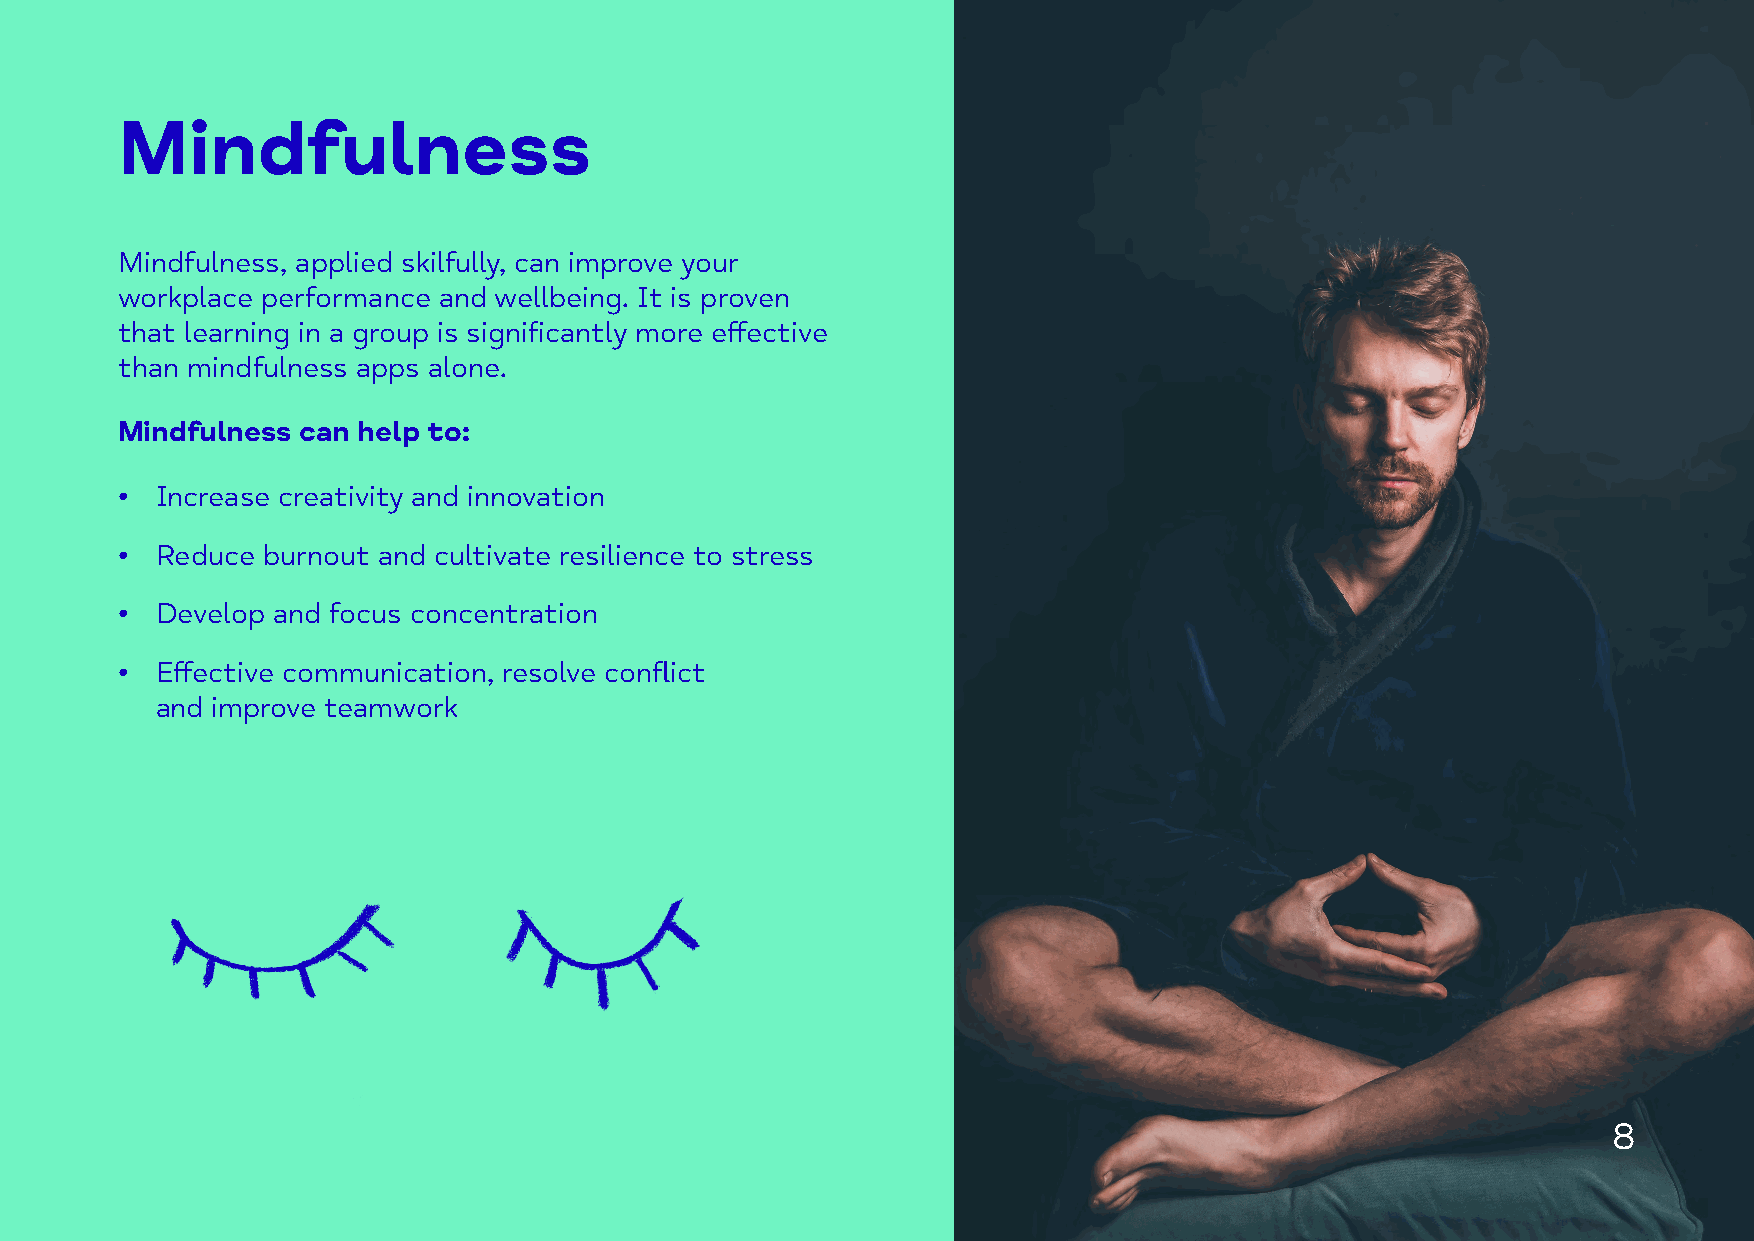
Mindfulness
 Mindfulness, applied skilfully, can improve your
 workplace performance and wellbeing. It is proven
 that learning in a group is significantly more effective
 than mindfulness apps alone.
 Mindfulness can help to:
 • Increase creativity and innovation
 • Reduce burnout and cultivate resilience to stress
 • Develop and focus concentration
 • Effective communication, resolve conflict
 and improve teamwork
 8